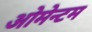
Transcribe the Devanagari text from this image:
ओमेन्टम